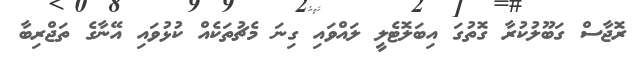
ރޮޖާސް ގަބޫލުކުރާ ގޮތުގަ އިބަލޮޓެލީ ލައްވައި ގިނަ މެޗުތަކެއް ކުޅުވައި އޭނާގެ ތަޖްރިބާ